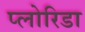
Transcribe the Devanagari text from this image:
प्लोरिडा